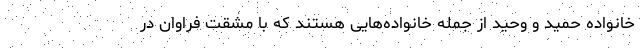
خانواده حمید و وحید از جمله خانواده‌هایی هستند که با مشقت فراوان در